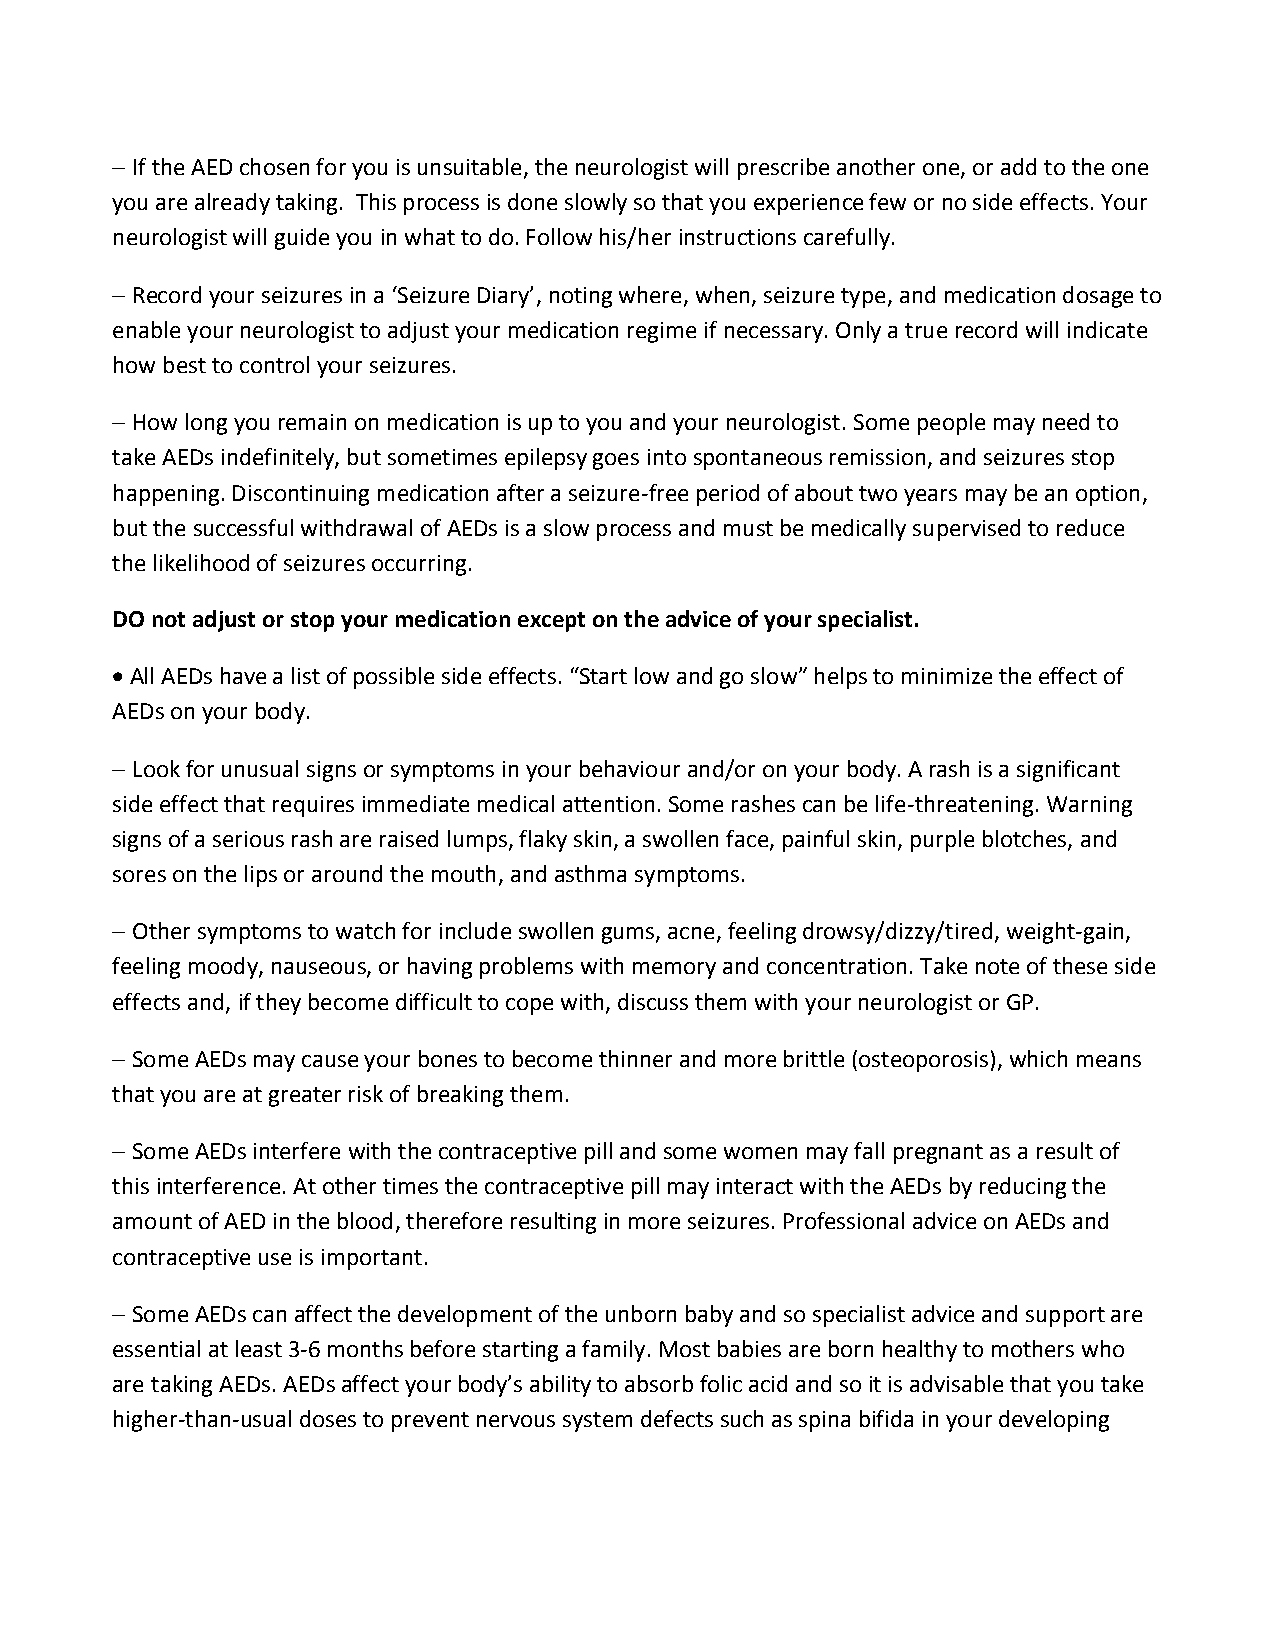
 If the AED chosen for you is unsuitable, the neurologist will prescribe another one, or add to the one
 you are already taking. This process is done slowly so that you experience few or no side effects. Your
 neurologist will guide you in what to do. Follow his/her instructions carefully.
  Record your seizures in a ‘Seizure Diary’, noting where, when, seizure type, and medication dosage to
 enable your neurologist to adjust your medication regime if necessary. Only a true record will indicate
 how best to control your seizures.
  How long you remain on medication is up to you and your neurologist. Some people may need to
 take AEDs indefinitely, but sometimes epilepsy goes into spontaneous remission, and seizures stop
 happening. Discontinuing medication after a seizure-free period of about two years may be an option,
 but the successful withdrawal of AEDs is a slow process and must be medically supervised to reduce
 the likelihood of seizures occurring.
 DO not adjust or stop your medication except on the advice of your specialist.
  All AEDs have a list of possible side effects. “Start low and go slow” helps to minimize the effect of
 AEDs on your body.
  Look for unusual signs or symptoms in your behaviour and/or on your body. A rash is a significant
 side effect that requires immediate medical attention. Some rashes can be life-threatening. Warning
 signs of a serious rash are raised lumps, flaky skin, a swollen face, painful skin, purple blotches, and
 sores on the lips or around the mouth, and asthma symptoms.
  Other symptoms to watch for include swollen gums, acne, feeling drowsy/dizzy/tired, weight-gain,
 feeling moody, nauseous, or having problems with memory and concentration. Take note of these side
 effects and, if they become difficult to cope with, discuss them with your neurologist or GP.
  Some AEDs may cause your bones to become thinner and more brittle (osteoporosis), which means
 that you are at greater risk of breaking them.
  Some AEDs interfere with the contraceptive pill and some women may fall pregnant as a result of
 this interference. At other times the contraceptive pill may interact with the AEDs by reducing the
 amount of AED in the blood, therefore resulting in more seizures. Professional advice on AEDs and
 contraceptive use is important.
  Some AEDs can affect the development of the unborn baby and so specialist advice and support are
 essential at least 3-6 months before starting a family. Most babies are born healthy to mothers who
 are taking AEDs. AEDs affect your body’s ability to absorb folic acid and so it is advisable that you take
 higher-than-usual doses to prevent nervous system defects such as spina bifida in your developing